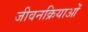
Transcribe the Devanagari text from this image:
जीवनक्रियाओं